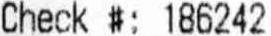
CHECK # : 186242